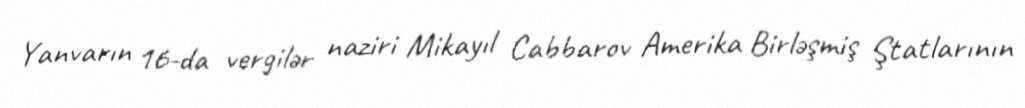
Yanvarın 16-da vergilər naziri Mikayıl Cabbarov Amerika Birləşmiş Ştatlarının